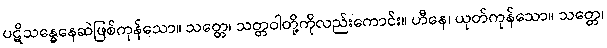
ပဋိသန္ဓေနေဆဲဖြစ်ကုန်သော။ သတ္တေ၊ သတ္တဝါတို့ကိုလည်းကောင်း။ ဟီနေ၊ ယုတ်ကုန်သော။ သတ္တေ၊